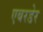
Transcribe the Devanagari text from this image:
एबरडेर